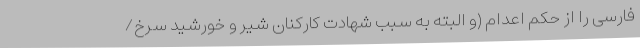
فارسی را از حکم اعدام (و البته به سبب شهادت کارکنان شیر و خورشید سرخ/